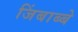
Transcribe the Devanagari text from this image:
जिंबाब्बे